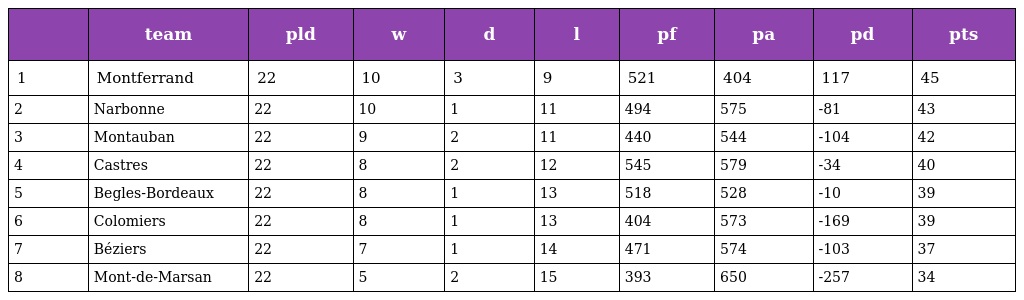
|  | team | pld | w | d | l | pf | pa | pd | pts |
 | --- | --- | --- | --- | --- | --- | --- | --- | --- | --- |
 | 1 | Montferrand | 22 | 10 | 3 | 9 | 521 | 404 | 117 | 45 |
 | 2 | Narbonne | 22 | 10 | 1 | 11 | 494 | 575 | -81 | 43 |
 | 3 | Montauban | 22 | 9 | 2 | 11 | 440 | 544 | -104 | 42 |
 | 4 | Castres | 22 | 8 | 2 | 12 | 545 | 579 | -34 | 40 |
 | 5 | Begles-Bordeaux | 22 | 8 | 1 | 13 | 518 | 528 | -10 | 39 |
 | 6 | Colomiers | 22 | 8 | 1 | 13 | 404 | 573 | -169 | 39 |
 | 7 | Béziers | 22 | 7 | 1 | 14 | 471 | 574 | -103 | 37 |
 | 8 | Mont-de-Marsan | 22 | 5 | 2 | 15 | 393 | 650 | -257 | 34 |